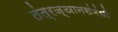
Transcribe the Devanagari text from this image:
तंत्रज्ञानसंबंधी